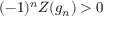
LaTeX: ( - 1 ) ^ { n } Z ( g _ { n } ) > 0